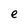
Character: e